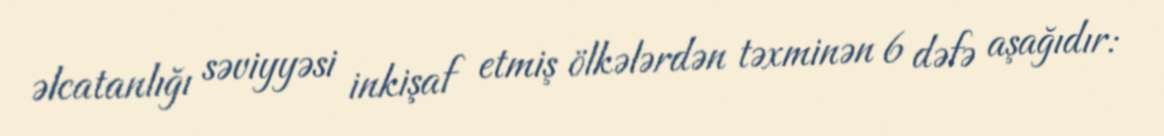
əlcatanlığı səviyyəsi inkişaf etmiş ölkələrdən təxminən 6 dəfə aşağıdır: